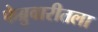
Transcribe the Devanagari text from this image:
फेब्रुवारीतला